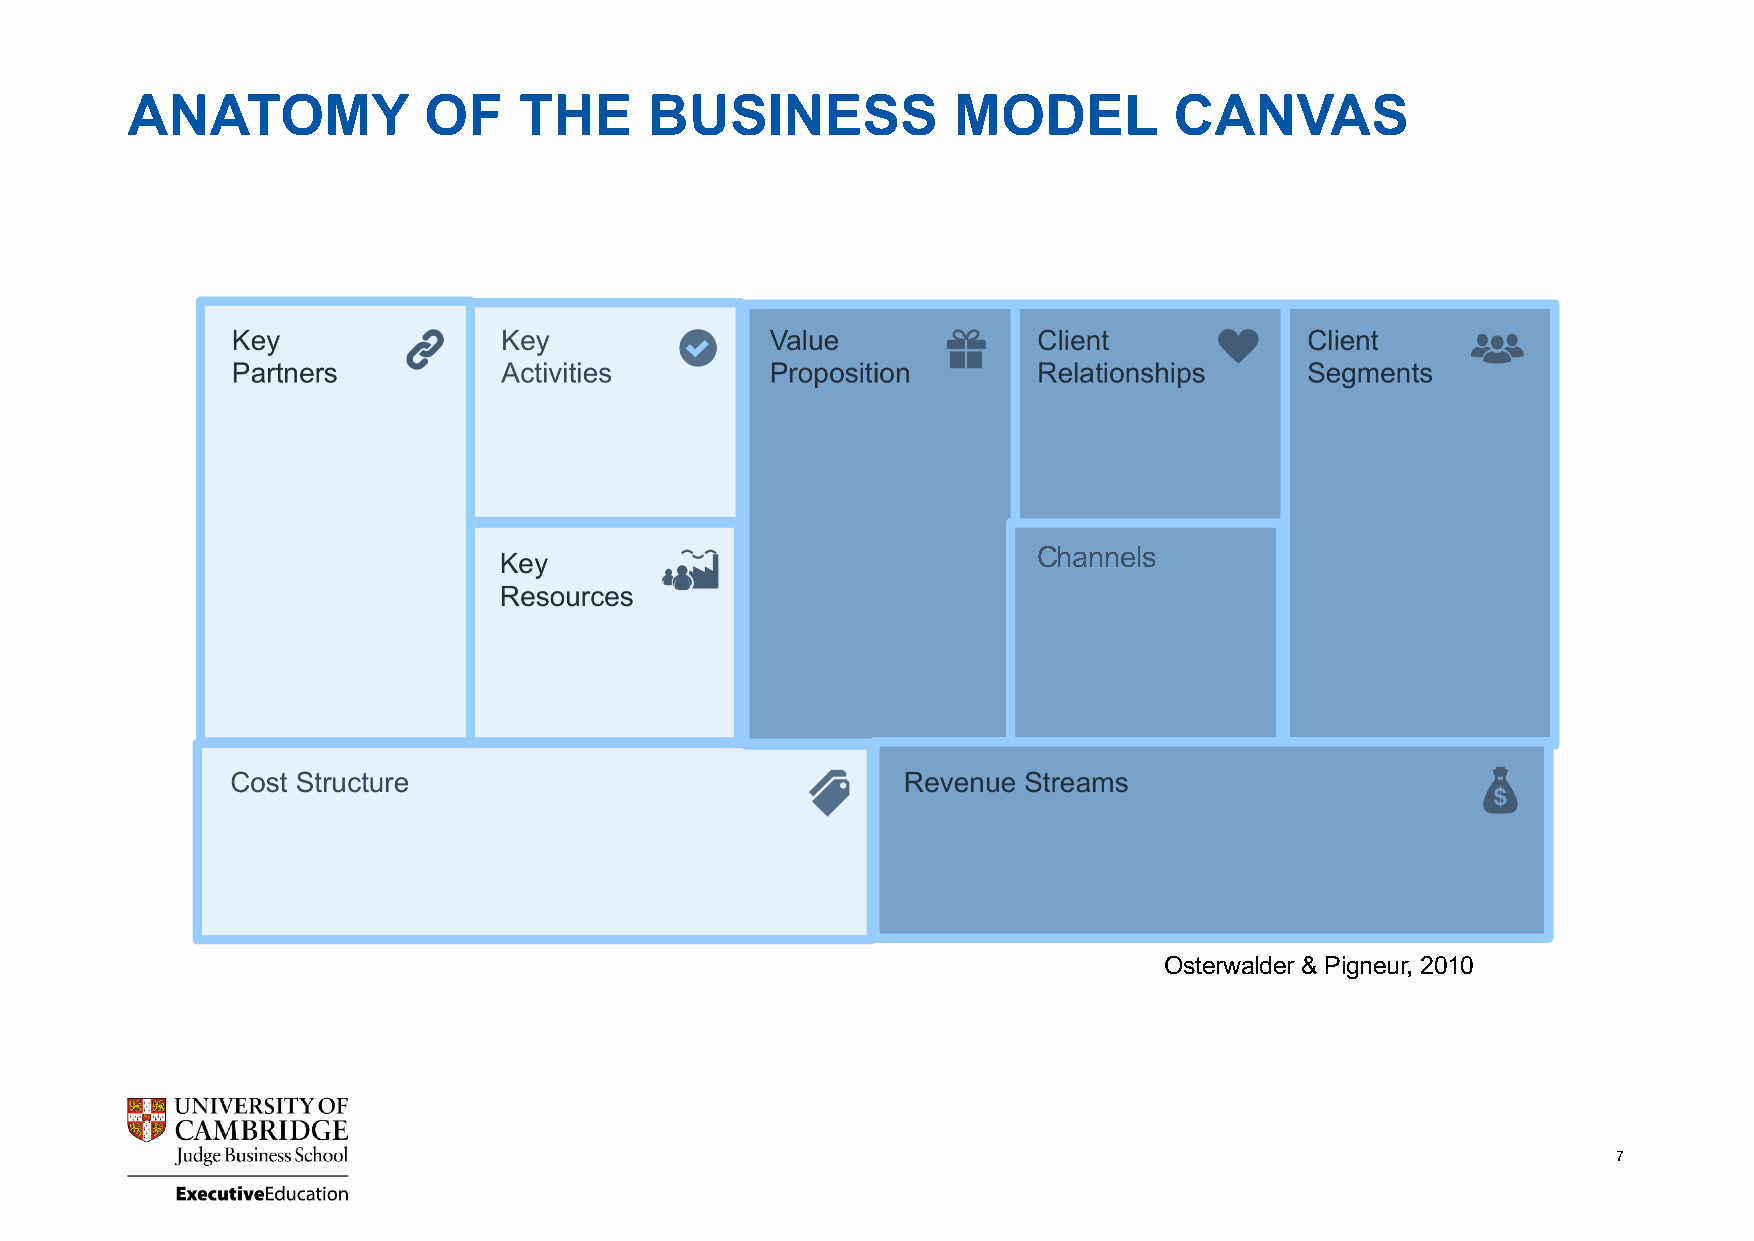
ANATOMY             OF    THE      BUSINESS            MODEL          CANVAS
 Channels
 Osterwalder & Pigneur, 2010
 7